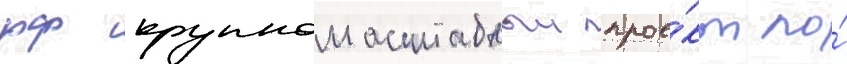
рф крупномасштабныи прое́кт по́